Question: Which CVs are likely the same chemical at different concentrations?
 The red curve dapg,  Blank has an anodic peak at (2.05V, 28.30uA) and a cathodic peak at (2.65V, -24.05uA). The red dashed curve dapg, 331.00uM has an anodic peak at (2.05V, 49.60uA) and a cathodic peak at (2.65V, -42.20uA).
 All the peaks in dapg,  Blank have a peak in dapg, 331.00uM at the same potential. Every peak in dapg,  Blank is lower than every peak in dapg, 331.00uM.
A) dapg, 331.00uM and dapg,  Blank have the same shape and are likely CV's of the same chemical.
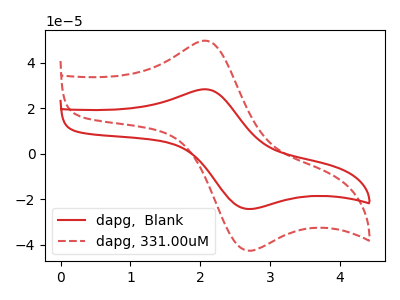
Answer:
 <answer>A) "dapg, 331.00uM" and "dapg,  Blank" have the same shape and are likely CV's of the same chemical.</answer>
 <eval>A</eval>